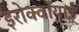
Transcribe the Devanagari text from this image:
इरोक्वॉयाई